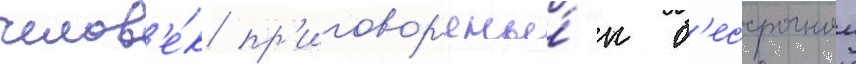
челов'е́к пр'иговор'ены́ к б'ессрочнои